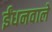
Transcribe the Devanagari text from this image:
ईंधनवाले